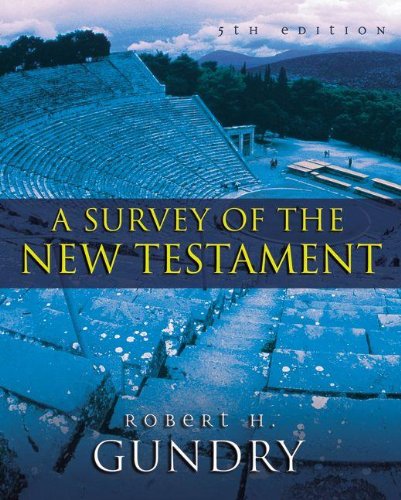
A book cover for A Survey of the New Testament: 5th Edition; Robert H. Gundry; Christian Books & Bibles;